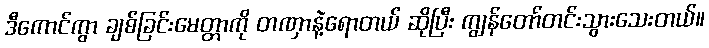
ဒီကောင်ကွာ ချစ်ခြင်းမေတ္တာကို တဏှာနဲ့ရောတယ် ဆိုပြီး ကျွန်တော်တင်းသွားသေးတယ်။